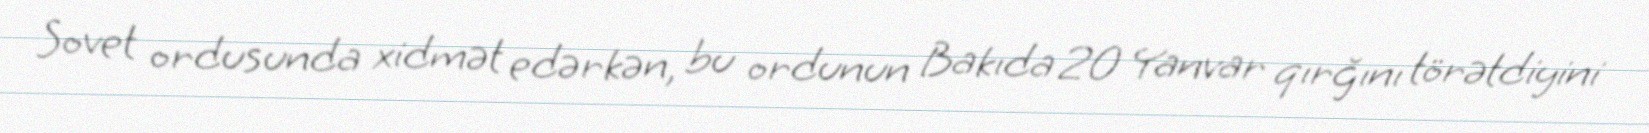
Sovet ordusunda xidmət edərkən, bu ordunun Bakıda 20 Yanvar qırğını törətdiyini